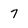
Character: 7